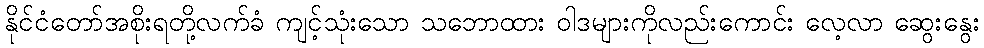
နိုင်ငံတော်အစိုးရတို့လက်ခံ ကျင့်သုံးသော သဘောထား ဝါဒများကိုလည်းကောင်း လေ့လာ ဆွေးနွေး